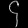
Digit: ၄